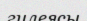
гилеясы